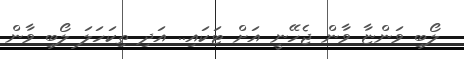
ލޯބި ވަންޏާ ވާން ޖެހޭނީ އަށް ޓަކައި.. އަދި ތިކަހަލަ ލޯބި ވާން